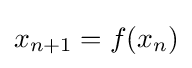
x_{n+1}=f(x_{n})